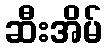
ဆီးအိမ်